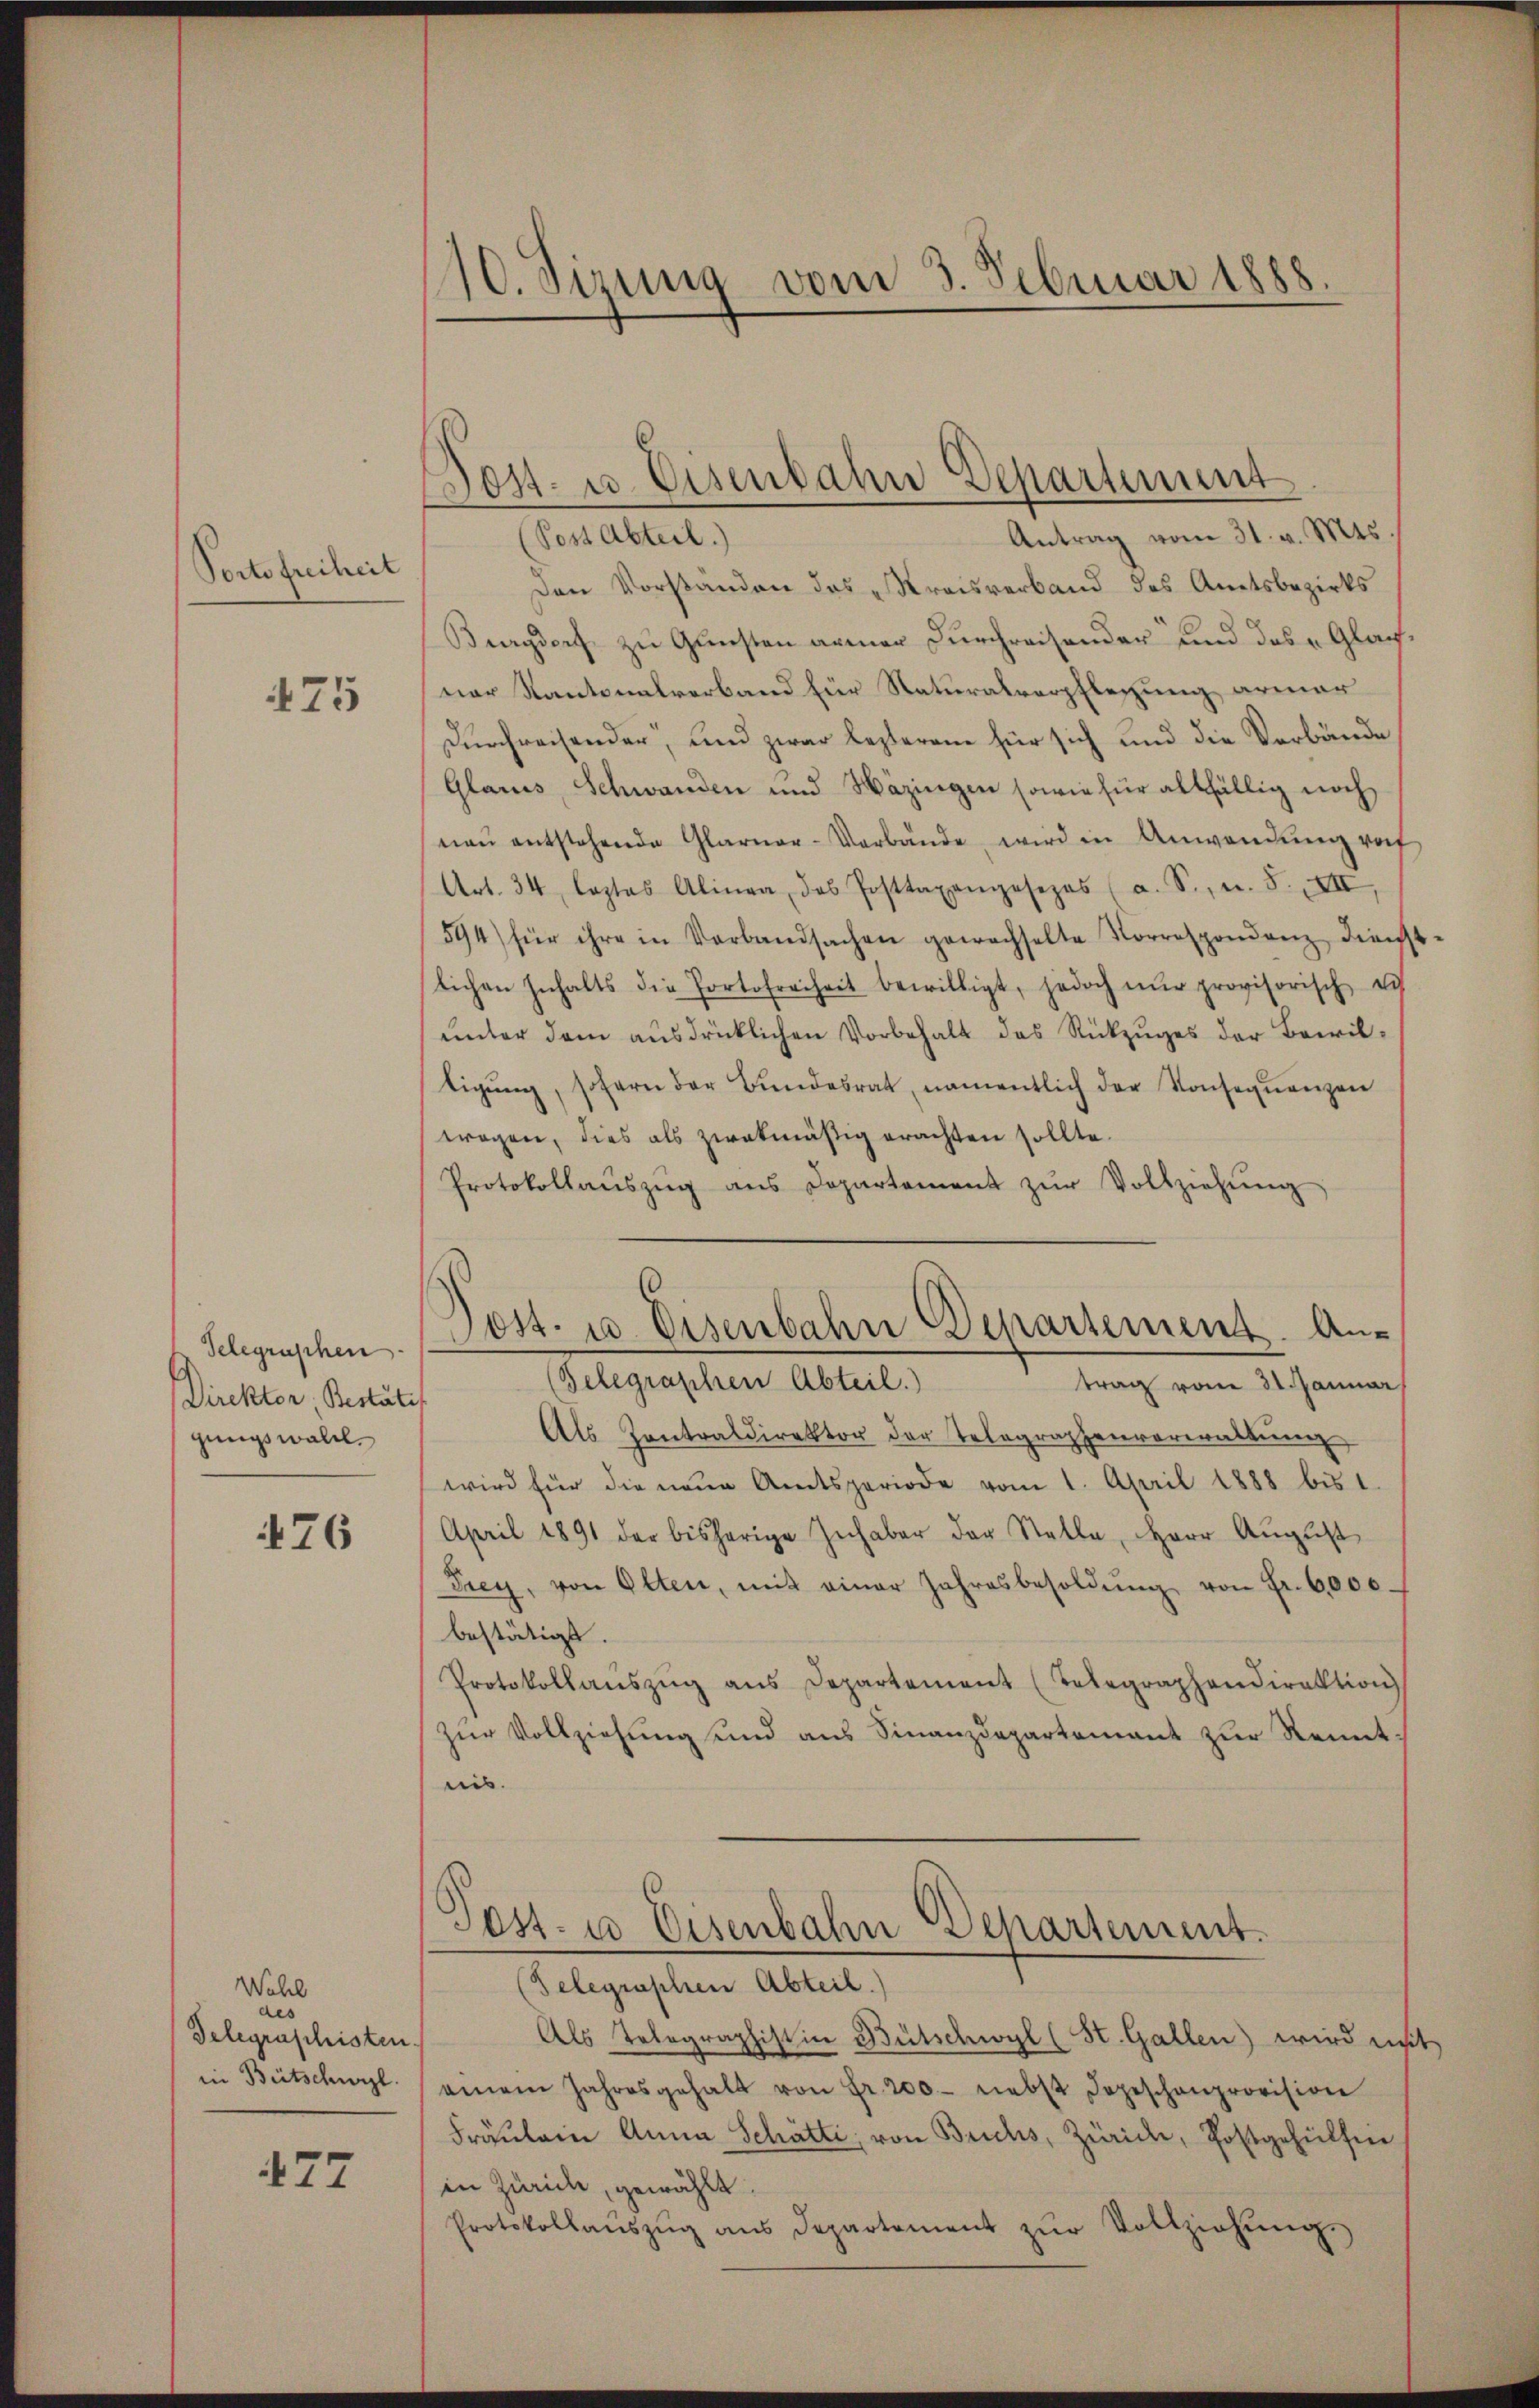
Torte freiheit

475

Telegraphen
Direktor Bestätis
gungswald.

476

Wahl
des
Telegraschisten.
in Bütschwyl.

477

110. Sirung vom 3. Februar 1888.

Antrag vom 31. v. Mts.
(Post Abteil.)
Den Vorständen das Kreisverband des Amtsbezirks¬
Burgdorf zu Gunsten armer Durchreisender und das „Glacner Kantonalverband für Naturalverpflegung armer
Durchreisender, und zwar lezterem für sich und die Verbände
Glarus, Schwanden und Häzingen sowie für allfällig noch
naŭ entstehende Glarner-Verbände, wird in Anwendung rof
Art. 34 laztas Alinea, das Posttapengesezes (a. S., n. F. XII,
594) für ihre in Verbandsachen gewachselte Korrespondenz dienst-
lichen Inhalts die Portofreiheit bewilligt, jedoch nŭr provisorisch es
ŭnter dem ausdrücklichen Vorbehalt des Rückzŭges der Bewiltigŭng, sofern der Bŭndesrat, namentlich der Konsequenzen
wagen, dies als zwekmäßig erachten sollte.
Protokollaŭszŭg ans Departement zŭr Vollziehŭng
(Gelegraphen Abteil.)
trag vom 31. Januar
Als Contraldirektor der Telegraphenverwaltung
wird für die neŭe Amtsperiode vom 1. April 1888 bis 1.
April 1891 der bisherige Inhaber der Stelle, Herr August
Frey, von Olten, mit einer Jahresbesoldŭng von Fr. 6000.
bestätigt.
Protokollaŭszŭg ans Departement (Telegraphendirektion
zur Vollziehung und aus Finanzdepartement zur Kennt
nis.
Post. u Eisenbahn Separtement.
(Telegraphen Abteil)
Als Telegraphistin Bütschwyl (St. Gallen) wird mit
einem Jahresgehalt von Fr. 200 nebst dageschenprovision
Fräulein Anna Schätte, von Brichs, Zürich, Postgehülfen
in Zürich, gewählt.
Protokollaŭszŭg aŭs Departement zŭr Vollziehŭng.

Post- u. Eisenbahn Departement

Dost. 10 Eisenbahn Departement. An¬